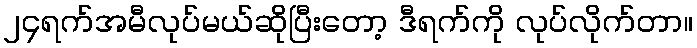
၂၄ရက်အမီလုပ်မယ်ဆိုပြီးတော့ ဒီရက်ကို လုပ်လိုက်တာ။